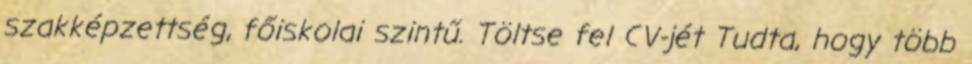
szakképzettség, főiskolai szintű. Töltse fel CV-jét Tudta, hogy több